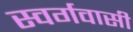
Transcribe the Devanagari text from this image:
स्‍वर्गवासी